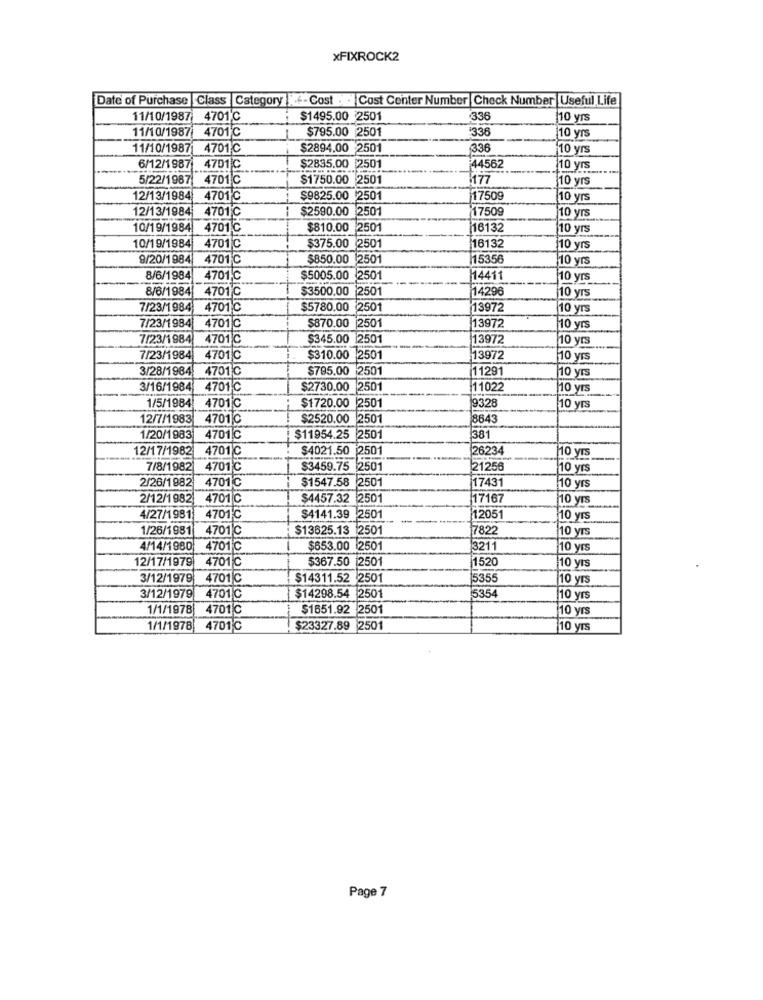
xFIXROCK2
Date of Purchase Class Category -Cost .. Cost Center Number Check Number Useful Life
11/10/1987 4701℃
$1495.00 2501
336
10 yrs
11/10/1987 4701℃
$795.00 2501
'336
10 yrs
11/10/1987
4701℃
$2894.00 2501
336
10 yrs
6/12/1987
4701℃
$2835.00 2501
44562
10 yrs
5/22/1987
4701℃
$1750.00 2501
177
10 yrs
12/13/1984
4701℃
$9825.00 2501
17509
[10 yrs
12/13/1984
4701℃
$2590.00 2501
17509
10 yrs
10/19/1984
4701℃
$810.00
2501
116132
10 yrs
10/19/1984
4701 ℃
$375.00 2501
16132
10 yrs
9/20/1984
4701 ℃
$850.00 2501
15356
10 yrs
8/6/1984
4701℃
$5005.00
2501
14411
10 yrs
8/6/1984
4701℃
$3500.00 2501
14296
10 yrs
7/23/1984
4701℃
$5780.00 2501
13972
10 yrs
7/23/1984
4701 C
$870.00 |2501
13972
110 yrs
7/23/1984
4701 C
$345.00 2501
13972
10 yrs
7/23/1984 4701C
$310.00 2501
113972
10 yrs
3/28/1984
4701℃
$795.00 2501
11291
10 yrs
3/16/1984
4701℃
$2730.00 2501
11022
10 yrs
1/5/1984
4701℃
$1720.00 2501
9328
10 yrs
12/7/1983
4701℃
$2520.00 2501
18843
1/20/1983
4701C
$11954.25 2501
381
12/17/1982
4701℃
$4021.50 2501
26234
HO yrs
7/8/1982
4701℃
$3459.75 2501
21256
10 yrs
2/26/1982
4701C
17431
$1547.58 2501
10 yrs
2/12/1982
4701 C
$4457.32 2501
17167
10 yrs
1/27/1981
4701℃
$4141.39 2501
12051
110 yrs
1/26/1981
4701℃
$13625.13 2501
7822
10 yrs
4/14/1980
4701 C
$653.00 2501
3211
10 yrs
12/17/1979 4701 C
$367.50 2501
|10 yrs
1520
3/12/1979
4701℃
$14311.52 2501
15355
10 yrs
3/12/1979 4701 C
$14298.54 2501
5354
10 yrs
1/1/1978
4701℃
$1651.92 2501
110 yrs
1/1/1978 4701℃
$23327.89 2501
10 yrs
Page 7